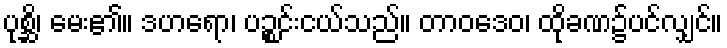
ပုစ္ဆိ၊ မေး၏။ ဒဟရော၊ ပဉ္စင်းငယ်သည်။ တာဝဒေဝ၊ ထိုခဏ၌ပင်လျှင်။